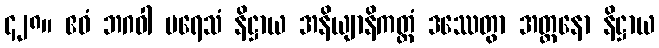
၄၂၈။ ဧဝံ ဘဂဝါ ပရေသံ နိဋ္ဌာယ အနိယျာနိကတ္တံ ဒဿေတွာ အတ္တနော နိဋ္ဌာယ